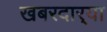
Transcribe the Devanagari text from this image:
खबरदार्‍या